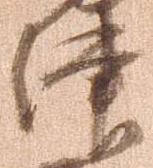
津